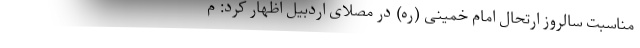
مناسبت سالروز ارتحال امام خمینی (ره) در مصلای اردبیل اظهار کرد: م